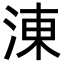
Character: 涷